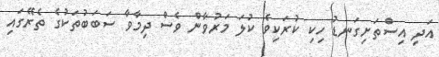
އަދި އިސްތަށިގަނޑު ހިކި ކުރަކިވެ ކުލަ މަރުވާން ވެސް ދިމާވާ ސަބަބުތަކުގެ ތެރޭގައި